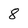
Character: 8